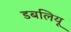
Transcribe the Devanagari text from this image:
डबलियू